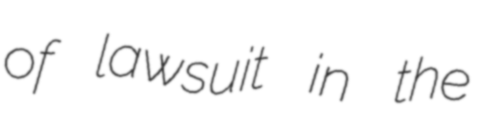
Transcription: of lawsuit in the